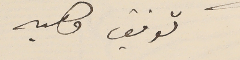
توفيق وهبه